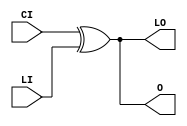
// $Header: /devl/xcs/repo/env/Databases/CAEInterfaces/verunilibs/data/unisims/XORCY_D.v,v 1.6 2007/05/23 21:43:44 patrickp Exp $
///////////////////////////////////////////////////////////////////////////////
// Copyright (c) 1995/2004 Xilinx, Inc.
// All Right Reserved.
///////////////////////////////////////////////////////////////////////////////
//   ____  ____
//  /   /\/   /
// /___/  \  /    Vendor : Xilinx
// \   \   \/     Version : 10.1
//  \   \         Description : Xilinx Functional Simulation Library Component
//  /   /                  XOR for Carry Logic with Dual Output
// /___/   /\     Filename : XORCY_D.v
// \   \  /  \    Timestamp : Thu Mar 25 16:43:42 PST 2004
//  \___\/\___\
//
// Revision:
//    03/23/04 - Initial version.
//    05/23/07 - Changed timescale to 1 ps / 1 ps.

`timescale  1 ps / 1 ps


module XORCY_D (LO, O, CI, LI);

    output LO, O;

    input  CI, LI;

	xor X1 (O, CI, LI);
	xor X2 (LO, CI, LI);


endmodule